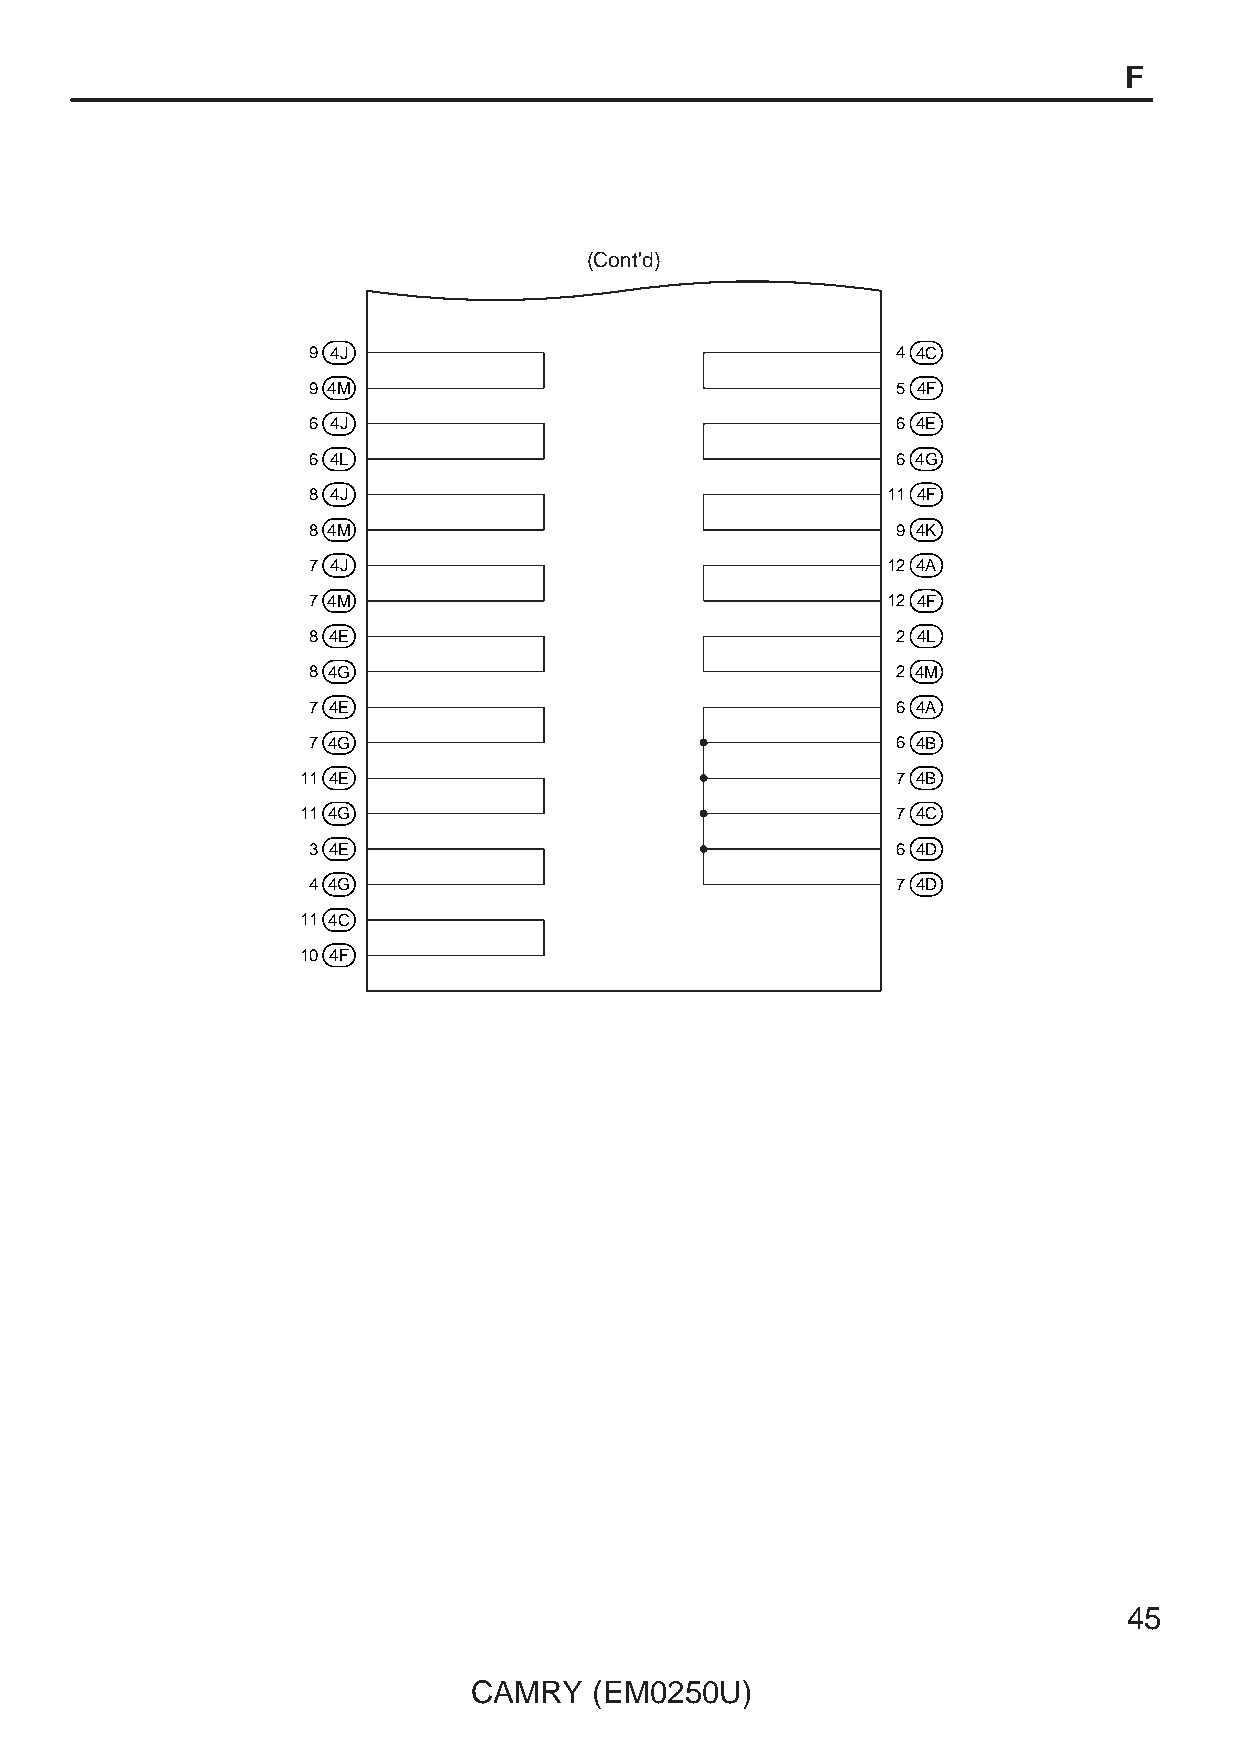
F
 (Cont'd)
 9 4J                                   4 4C
 9 4M                                   5 4F
 6 4J                                   6 4E
 6 4L                                   6 4G
 8 4J                                   11 4F
 8 4M                                   9 4K
 7 4J                                   12 4A
 7 4M                                   12 4F
 8 4E                                   2 4L
 8 4G                                   2 4M
 7 4E                                   6 4A
 7 4G                                   6 4B
 11 4E                                  7 4B
 11 4G                                  7 4C
 3 4E                                   6 4D
 4 4G                                   7 4D
 11 4C
 10 4F
 45
 CAMRY   (EM0250U)